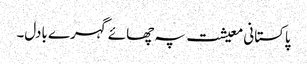
پاکستانی معیشت پہ چھائے گہرے بادل۔